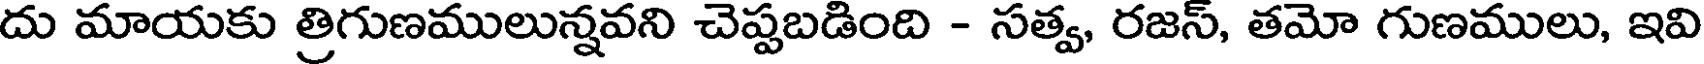
దు మాయకు త్రిగుణములున్నవని చెప్పబడింది - సత్వ, రజస్, తమో గుణములు, ఇవి